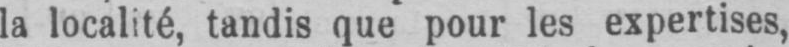
la localité, tandis que pour les expertises,